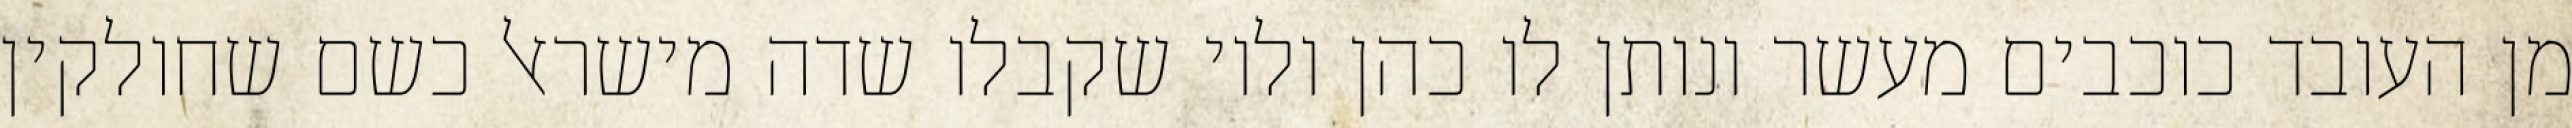
מן העובד כוכבים מעשר ונותן לו כהן ולוי שקבלו שדה מישראל כשם שחולקין